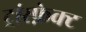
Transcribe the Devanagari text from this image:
ट्रांस्फ़ेक्ट